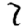
Digit: 7